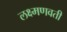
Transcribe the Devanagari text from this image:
लक्ष्मणवती